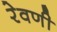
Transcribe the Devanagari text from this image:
रेवणी